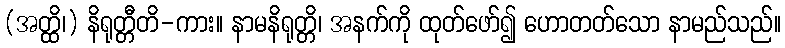
(အတ္ထိ၊) နိရုတ္တီတိ-ကား။ နာမနိရုတ္တိ၊ အနက်ကို ထုတ်ဖော်၍ ဟောတတ်သော နာမည်သည်။